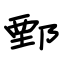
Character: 鄄